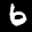
Label: 6